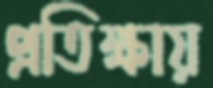
প্রতিক্ষায়